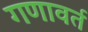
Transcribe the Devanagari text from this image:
गणावर्त